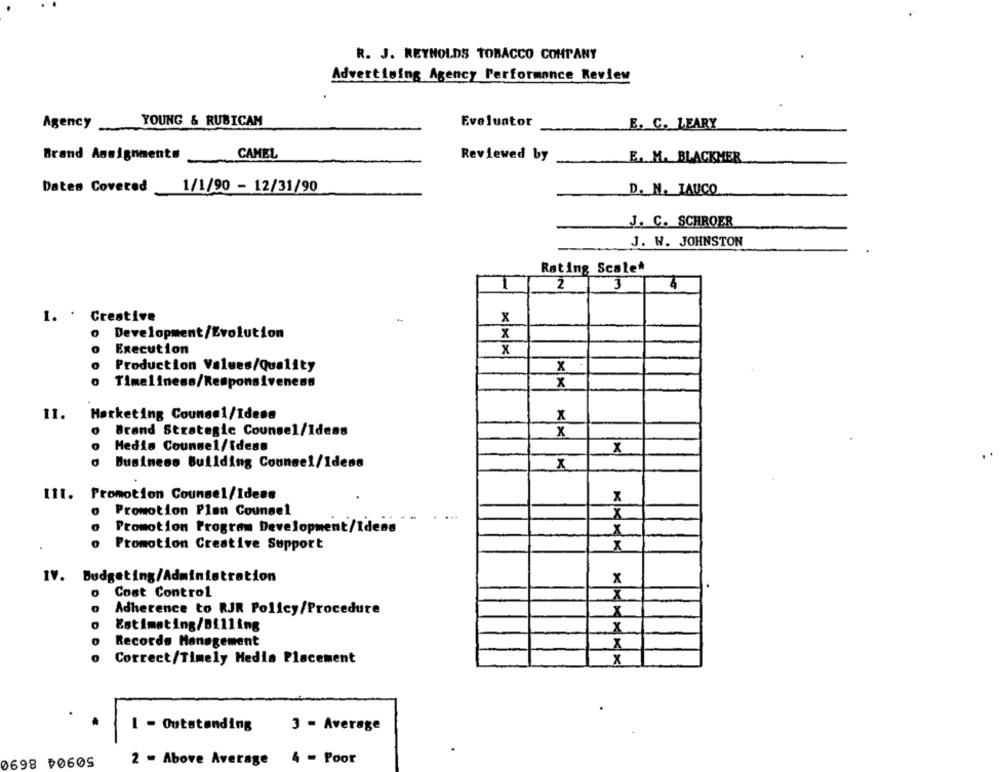
R. J. REYNOLDS TOBACCO COMPANY
Advertising Agency Performance Review
YOUNG & RUBICAM
Evaluator
Agency
E. C. LEARY
CAMEL
Brand Assignments
Reviewed by
E. M. BLACKMER
Dates Covered
1/1/90 - 12/31/90
D. N. TAUCO
J. C. SCHROER
J. W. JOHNSTON
Rating Scale*
1
2
3
x
1. . Creative
o Development/Evolution
x
Execution
x
Production Values/Quality
X
Timeliness/Responsiveness
x
11.
Marketing Counsel/Idese
X
Brand Strategic Counsel/Idess
x
Medis Counsel/Ideas
X
Business Building Counsel/Idens
111. Promotion Counsel/Ideas
X
Promotion Plon Counsel
X
Promotion Program Development/Ideas
Promotion Creative Support
IV. Budgeting/Administration
x
o Cost Control
X
Adherence to RJR Policy/Procedure
Estimating/Billing
X
Records Management
Correct/Timely Media Placement
X
3 - Average
1 - Outstanding
50904 8690
2 - Above Average 4 - Poor